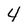
Character: 4